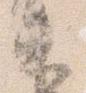
束